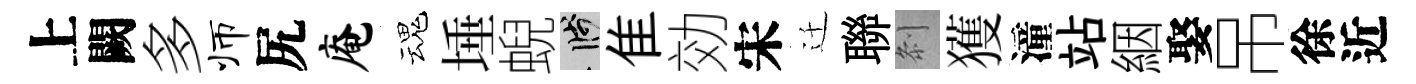
上闕多师尻庵魂埵蜺箋隹効宋迁聯𠛴獲潼站絪娶吊徐近